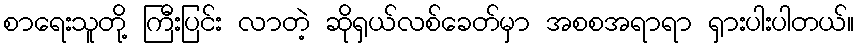
စာရေးသူတို့ ကြီးပြင်း လာတဲ့ ဆိုရှယ်လစ်ခေတ်မှာ အစစအရာရာ ရှားပါးပါတယ်။